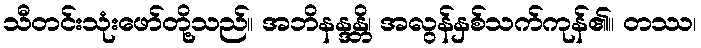
သီတင်းသုံးဖော်တို့သည်။ အဘိနန္ဒန္တိ၊ အလွန်နှစ်သက်ကုန်၏။ တဿ၊